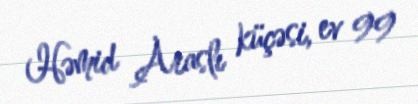
Həmid Araslı küçəsi, ev 99